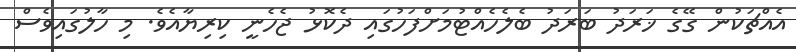
އެއްޗަކުން ގޭގެ ޚަރަދު ބަރަދު ބެލެހެއްޓުމަށްފަހުގައި ދެކޮޅު ޖެހެނީ ކިރިޔާއެވެ. މި ހާލުގައިވެސް